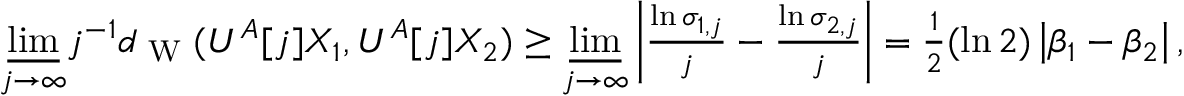
\begin{array} { r } { \underset { j \rightarrow \infty } { \underline { { \operatorname* { l i m } } } } j ^ { - 1 } d _ { \textup { W } } ( U ^ { A } [ j ] X _ { 1 } , U ^ { A } [ j ] X _ { 2 } ) \geq \underset { j \rightarrow \infty } { \underline { { \operatorname* { l i m } } } } \left| \frac { \ln \sigma _ { 1 , j } } { j } - \frac { \ln \sigma _ { 2 , j } } { j } \right| = \frac { 1 } { 2 } ( \ln 2 ) \left| \beta _ { 1 } - \beta _ { 2 } \right| , } \end{array}